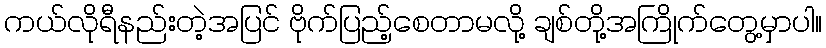
ကယ်လိုရီနည်းတဲ့အပြင် ဗိုက်ပြည့်စေတာမလို့ ချစ်တို့အကြိုက်တွေ့မှာပါ။